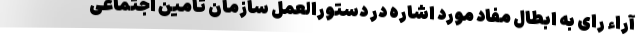
آراء رای به ابطال مفاد مورد اشاره در دستورالعمل سازمان تامین اجتماعی